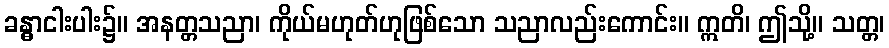
ခန္ဓာငါးပါး၌။ အနတ္တသညာ၊ ကိုယ်မဟုတ်ဟုဖြစ်သော သညာလည်းကောင်း။ ဣတိ၊ ဤသို့။ သတ္တ၊